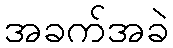
အခက်အခဲ